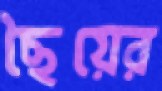
ছৈয়ের